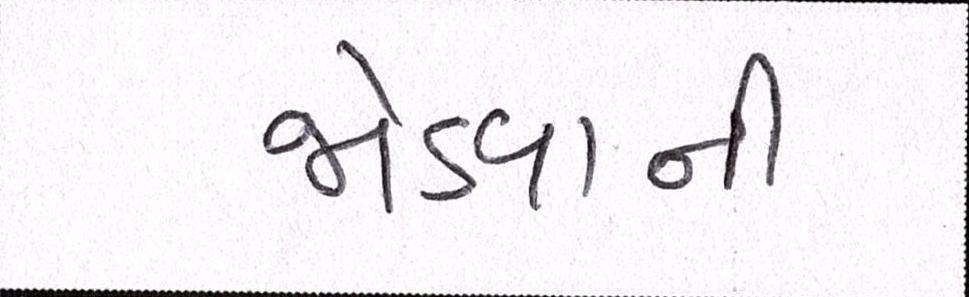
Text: જોડવાની